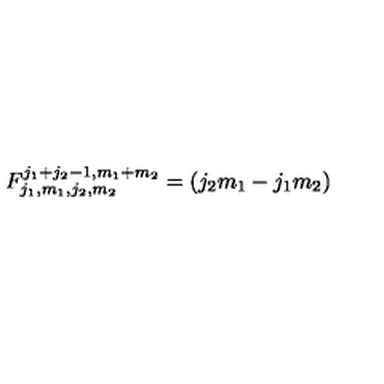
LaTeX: F _ { j _ { 1 } , m _ { 1 } , j _ { 2 } , m _ { 2 } } ^ { j _ { 1 } + j _ { 2 } - 1 , m _ { 1 } + m _ { 2 } } = ( j _ { 2 } m _ { 1 } - j _ { 1 } m _ { 2 } )